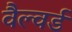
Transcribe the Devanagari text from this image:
वैल्वर्ड